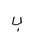
Letter: _ba